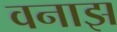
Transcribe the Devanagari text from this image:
वनाझ